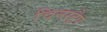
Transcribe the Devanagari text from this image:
चिनस्ट्रैप